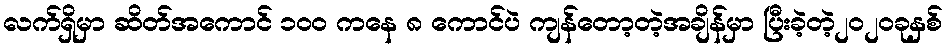
လက်ရှိမှာ ဆိတ်အကောင် ၁၀၀ ကနေ ၈ ကောင်ပဲ ကျန်တော့တဲ့အချိန်မှာ ပြီးခဲ့တဲ့၂၀၂၀ခုနှစ်